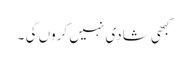
کبھی شادی نہیں کروں گی ۔